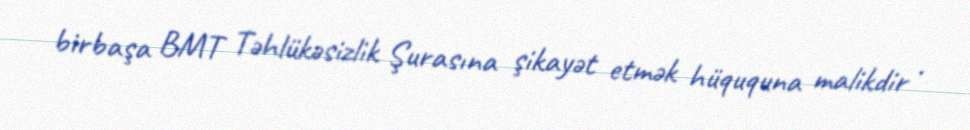
birbaşa BMT Təhlükəsizlik Şurasına şikayət etmək hüququna malikdir .